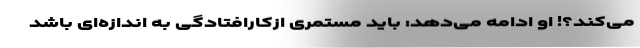
می‌کند؟! او ادامه می‌دهد: باید مستمری ازکارافتادگی به اندازه‌ای باشد